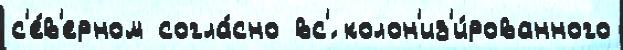
с'е́в'ерном согла́сно вс'́ колон'из'и́рованного